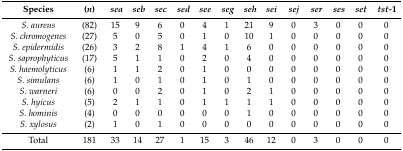
<table><thead><tr><td><b>Species</b></td><td><b>(<i>n</i>)</b></td><td><b><i>sea</i></b></td><td><b><i>seb</i></b></td><td><b><i>sec</i></b></td><td><b><i>sed</i></b></td><td><b><i>see</i></b></td><td><b><i>seg</i></b></td><td><b><i>seh</i></b></td><td><b><i>sei</i></b></td><td><b><i>sej</i></b></td><td><b><i>ser</i></b></td><td><b><i>ses</i></b></td><td><b><i>set</i></b></td><td><b><i>tst-</i>1</b></td></tr></thead><tbody><tr><td><i>S. aureus</i></td><td>(82)</td><td>15</td><td>9</td><td>6</td><td>0</td><td>4</td><td>1</td><td>21</td><td>9</td><td>0</td><td>3</td><td>0</td><td>0</td><td>0</td></tr><tr><td><i>S. chromogenes</i></td><td>(27)</td><td>5</td><td>0</td><td>5</td><td>0</td><td>1</td><td>0</td><td>10</td><td>1</td><td>0</td><td>0</td><td>0</td><td>0</td><td>0</td></tr><tr><td><i>S. epidermidis</i></td><td>(26)</td><td>3</td><td>2</td><td>8</td><td>1</td><td>4</td><td>1</td><td>6</td><td>0</td><td>0</td><td>0</td><td>0</td><td>0</td><td>0</td></tr><tr><td><i>S. saprophyticus</i></td><td>(17)</td><td>5</td><td>1</td><td>1</td><td>0</td><td>2</td><td>0</td><td>4</td><td>0</td><td>0</td><td>0</td><td>0</td><td>0</td><td>0</td></tr><tr><td><i>S. haemolyticus</i></td><td>(6)</td><td>1</td><td>1</td><td>2</td><td>0</td><td>1</td><td>0</td><td>0</td><td>0</td><td>0</td><td>0</td><td>0</td><td>0</td><td>0</td></tr><tr><td><i>S. simulans</i></td><td>(6)</td><td>1</td><td>0</td><td>1</td><td>0</td><td>1</td><td>0</td><td>1</td><td>0</td><td>0</td><td>0</td><td>0</td><td>0</td><td>0</td></tr><tr><td><i>S. warneri</i></td><td>(6)</td><td>0</td><td>0</td><td>2</td><td>0</td><td>1</td><td>0</td><td>2</td><td>1</td><td>0</td><td>0</td><td>0</td><td>0</td><td>0</td></tr><tr><td><i>S. hyicus</i></td><td>(5)</td><td>2</td><td>1</td><td>1</td><td>0</td><td>1</td><td>1</td><td>1</td><td>1</td><td>0</td><td>0</td><td>0</td><td>0</td><td>0</td></tr><tr><td><i>S. hominis</i></td><td>(4)</td><td>0</td><td>0</td><td>0</td><td>0</td><td>0</td><td>0</td><td>1</td><td>0</td><td>0</td><td>0</td><td>0</td><td>0</td><td>0</td></tr><tr><td><i>S. xylosus</i></td><td>(2)</td><td>1</td><td>0</td><td>1</td><td>0</td><td>0</td><td>0</td><td>0</td><td>0</td><td>0</td><td>0</td><td>0</td><td>0</td><td>0</td></tr><tr><td>Total</td><td>181</td><td>33</td><td>14</td><td>27</td><td>1</td><td>15</td><td>3</td><td>46</td><td>12</td><td>0</td><td>3</td><td>0</td><td>0</td><td>0</td></tr></tbody></table>